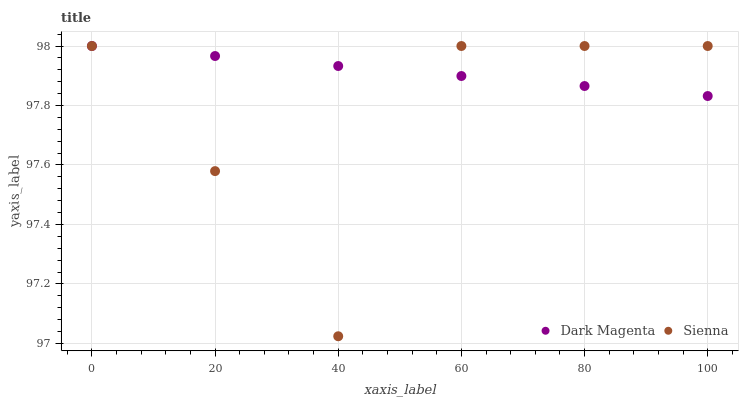
| xaxis_label | Dark Magenta | Sienna |
 | --- | --- | --- |
 | 0 | 98 | 98 |
 | 20 | 98 | 97.6 |
 | 40 | 97.9 | 97 |
 | 60 | 97.9 | 98 |
 | 80 | 97.9 | 98 |
 | 100 | 97.8 | 98 |